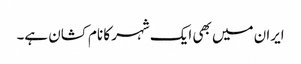
ایران میں بھی ایک شہر کا نام کشان ہے۔